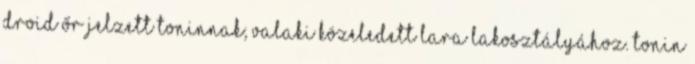
droid őr jelzett Toninnak; valaki közeledett Lara lakosztályához. Tonin